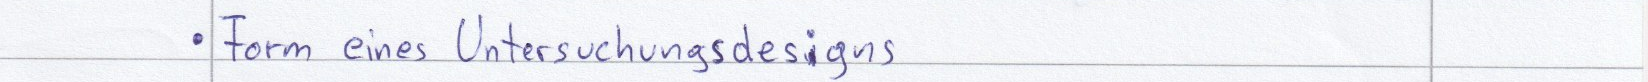
Form eines Untersuchungsdesings